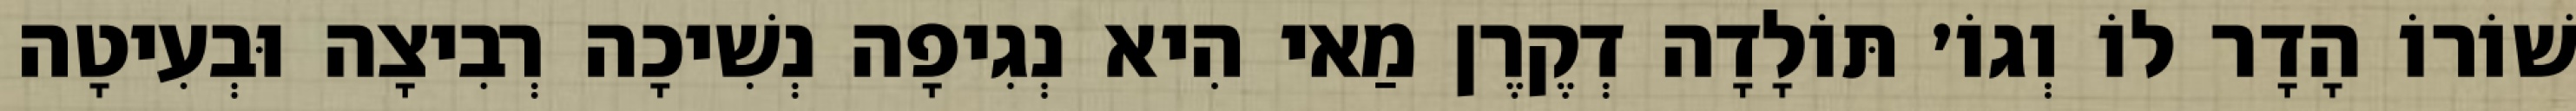
שׁוֹרוֹ הָדָר לוֹ וְגוֹ׳ תּוֹלָדָה דְקֶרֶן מַאי הִיא נְגִיפָה נְשִׁיכָה רְבִיצָה וּבְעִיטָה